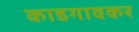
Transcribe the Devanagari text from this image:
काडगावकर